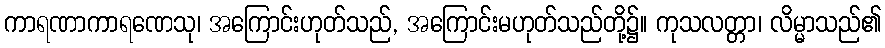
ကာရဏာကာရဏေသု၊ အကြောင်းဟုတ်သည်, အကြောင်းမဟုတ်သည်တို့၌။ ကုသလတ္တာ၊ လိမ္မာသည်၏